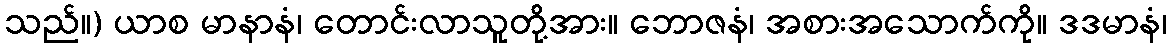
သည်။) ယာစ မာနာနံ၊ တောင်းလာသူတို့အား။ ဘောဇနံ၊ အစားအသောက်ကို။ ဒဒမာနံ၊